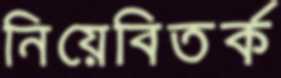
নিয়েবিতর্ক